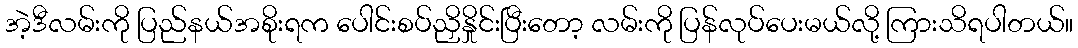
အဲ့ဒီလမ်းကို ပြည်နယ်အစိုးရက ပေါင်းစပ်ညှိနှိုင်းပြီးတော့ လမ်းကို ပြန်လုပ်ပေးမယ်လို့ ကြားသိရပါတယ်။